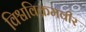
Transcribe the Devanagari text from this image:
विश्वविक्रमवीर